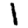
Digit: 1